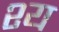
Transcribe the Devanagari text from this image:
श्य